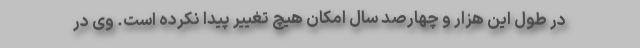
در طول این هزار و چهارصد سال امکان هیچ تغییر پیدا نکرده است. وی در